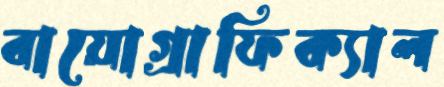
বায়োগ্রাফিক্যাল